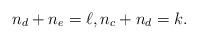
LaTeX: \begin{gather*}n_d+n_e=\ell,n_c+n_d=k.\end{gather*}